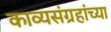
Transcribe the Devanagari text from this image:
काव्यसंग्रहांच्या